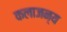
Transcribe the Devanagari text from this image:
कलाजन्य